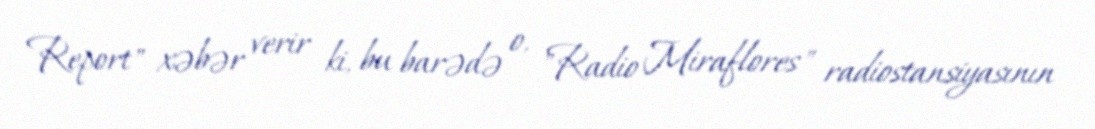
Report" xəbər verir ki, bu barədə o, "Radio Miraflores" radiostansiyasının